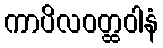
ကာပိလဝတ္ထဝါနံ